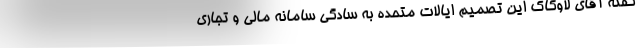
گفته آقای لاوکاک این تصمیم ایالات متحده به سادگی سامانه مالی و تجاری